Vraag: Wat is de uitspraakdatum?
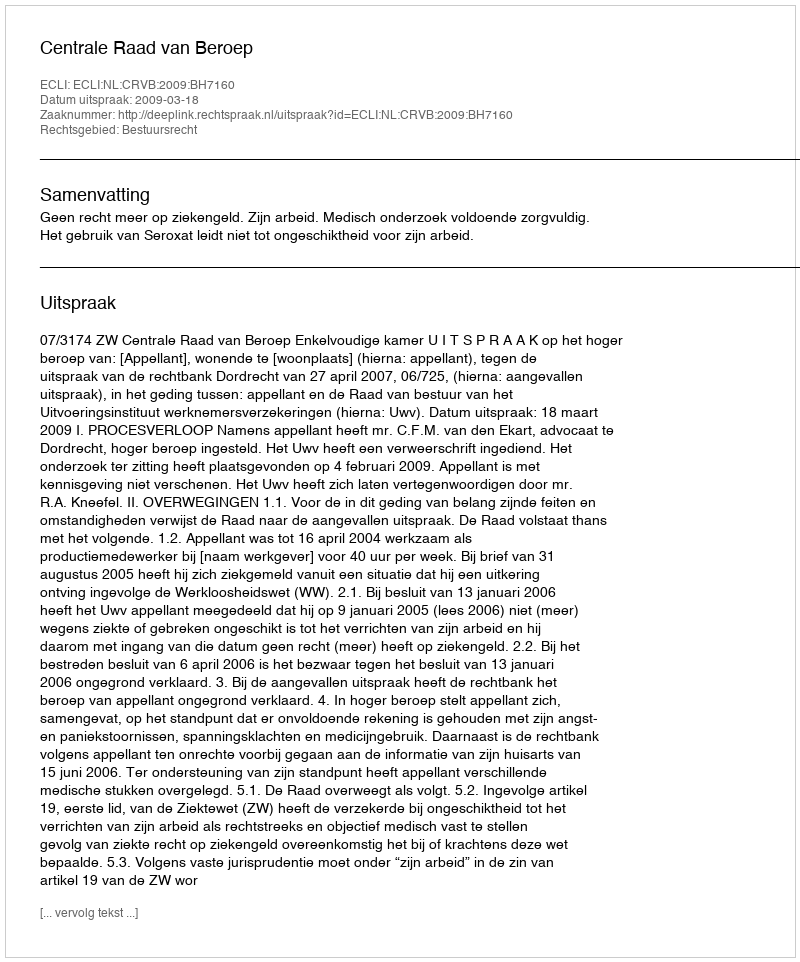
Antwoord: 2009-03-18